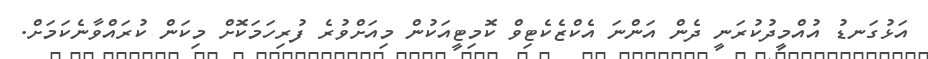
އަޅުގަނޑު އުއްމީދުކުރަނީ ދެން އަންނަ އެކްޒެކެޓިވް ކޮމިޓީއަކުން މިއަށްވުރެ ފުރިހަމަކޮށް މިކަން ކުރައްވާނެކަމަށް.